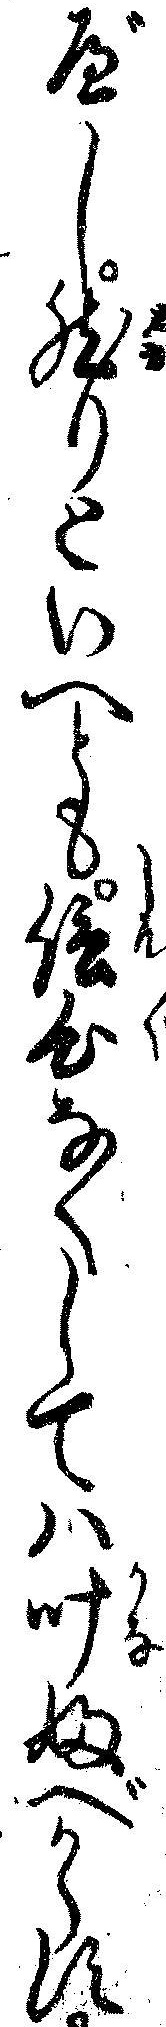
べし然りといへとも信心なくしてハ叶ふべからす